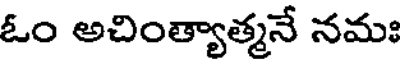
ఓం అచింత్యాత్మనే నమః